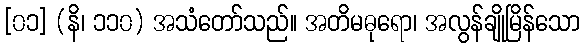
[၀၁] (နိ၊ ၁၁၀) အသံတော်သည်။ အတိမဓုရော၊ အလွန်ချိုမြိန်သော